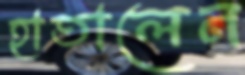
হাতালেন